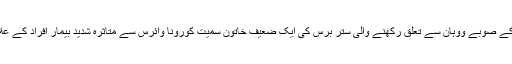
آج اتوار کو بینکاک میں راجہوتھی ہسپتال کے ڈاکٹروں نے کہا ہے کہ چین کے صوبے ووہان سے تعلق رکھنے والی ستر برس کی ایک ضعیف خاتون سمیت کورونا وائرس سے متاثرہ شدید بیمار افراد کے علاج میں نیا طریقہ کار اختیار کرنے سے انھیں بہتر نتائج حاصل ہو رہے ہیں۔